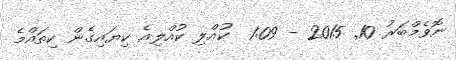
ނޮވެމްބަރު 10